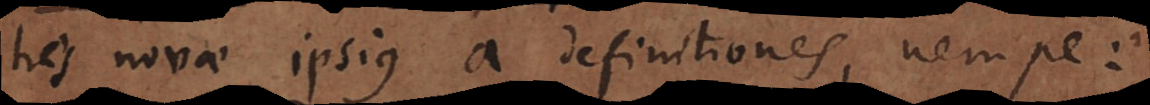
tres novae ipsius a definitiones, nempe: